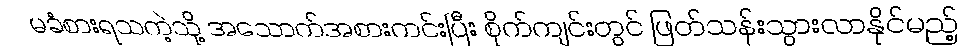
မခံစားရသကဲ့သို့ အသောက်အစားကင်းပြီး စိုက်ကျင်းတွင် ဖြတ်သန်းသွားလာနိုင်မည့်